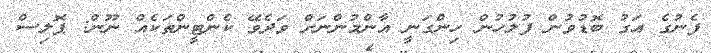
ފެނުގެ އަގު ބޮޑުވުން ފުލުހުން ހިންގަނީ އާންމުންނަށް ވަދެވޭ ކެންޓީންތަކެއް ނޫން: ޕޮލިސް